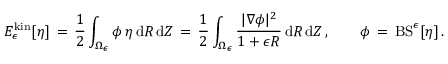
E _ { \epsilon } ^ { \mathrm { k i n } } [ \eta ] \, = \, \frac 1 2 \int _ { \Omega _ { \epsilon } } \phi \, \eta \, \mathrm { d } R \, \mathrm { d } Z \, = \, \frac 1 2 \int _ { \Omega _ { \epsilon } } \frac { | \nabla \phi | ^ { 2 } } { 1 + \epsilon R } \, \mathrm { d } R \, \mathrm { d } Z \, , \qquad \phi \, = \, \mathrm { B S } ^ { \epsilon } [ \eta ] \, .